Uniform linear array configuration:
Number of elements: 16
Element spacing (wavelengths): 1
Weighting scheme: cosine
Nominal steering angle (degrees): -15
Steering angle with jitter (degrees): -14.465
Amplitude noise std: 0.05
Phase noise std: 0.05

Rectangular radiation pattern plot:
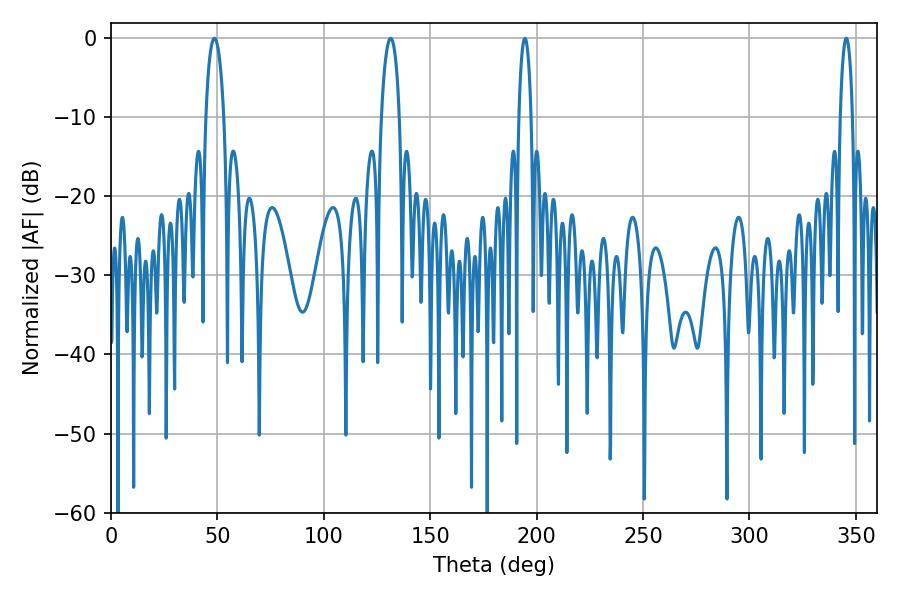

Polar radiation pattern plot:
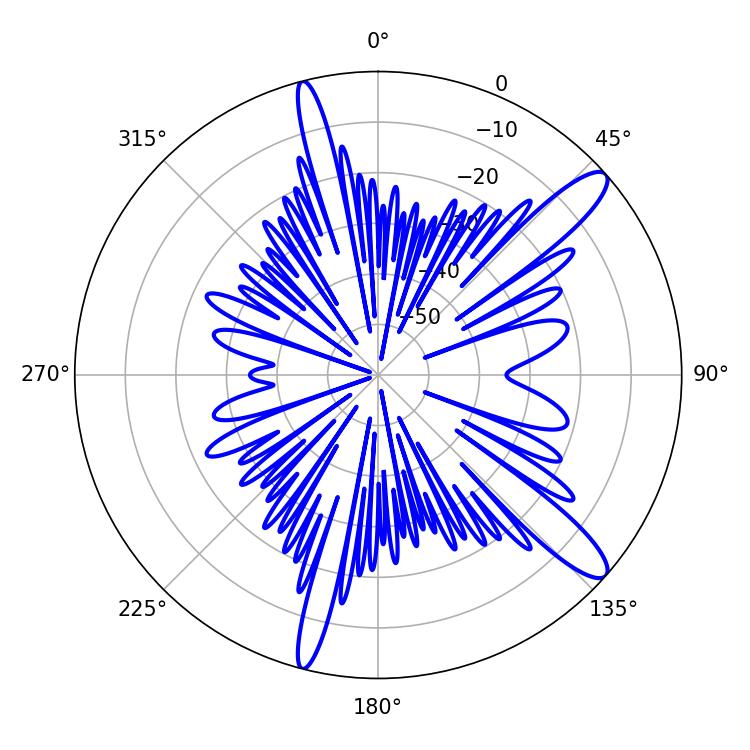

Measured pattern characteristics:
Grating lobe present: TRUE
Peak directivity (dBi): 12.619
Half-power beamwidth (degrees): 4.86
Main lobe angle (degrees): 48.6